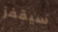
سيقفز